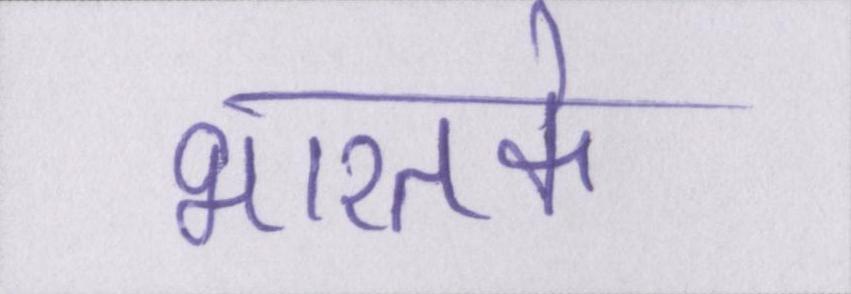
भारतके